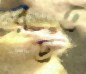
রডও